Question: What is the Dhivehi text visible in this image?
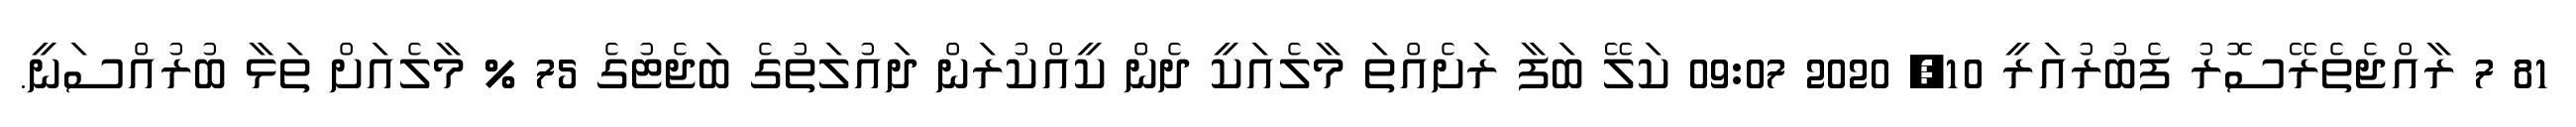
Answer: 81 7 ރާއްޖެތެރޭސޮރު ފެބުރުއަރީ 10, 2020 09:07 ކަލޭ ބަފާ ރަށެއްތަ މާލެއަކީ ދެން ކީއްކުރަން ދައުލަތުގެ ބަޖެޓުގެ 75 % މާލެއަށް ތަޅާ ބުރުއްސަނީ.